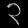
Digit: ၃